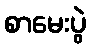
စာမေးပွဲ